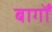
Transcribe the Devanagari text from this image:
बागोँ